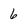
Character: 6